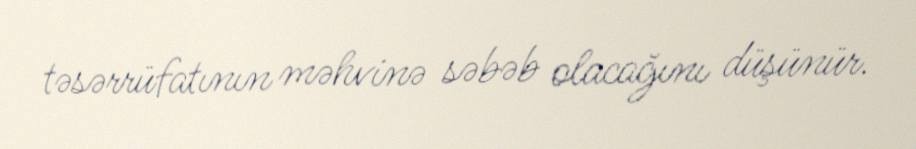
təsərrüfatının məhvinə səbəb olacağını düşünür.